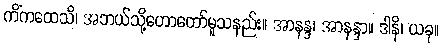
ကိံကထေသိ၊ အဘယ်သို့ဟောတော်မူသနည်း။ အာနန္ဒ၊ အာနန္ဒာ။ ဒါနိ၊ ယခု။